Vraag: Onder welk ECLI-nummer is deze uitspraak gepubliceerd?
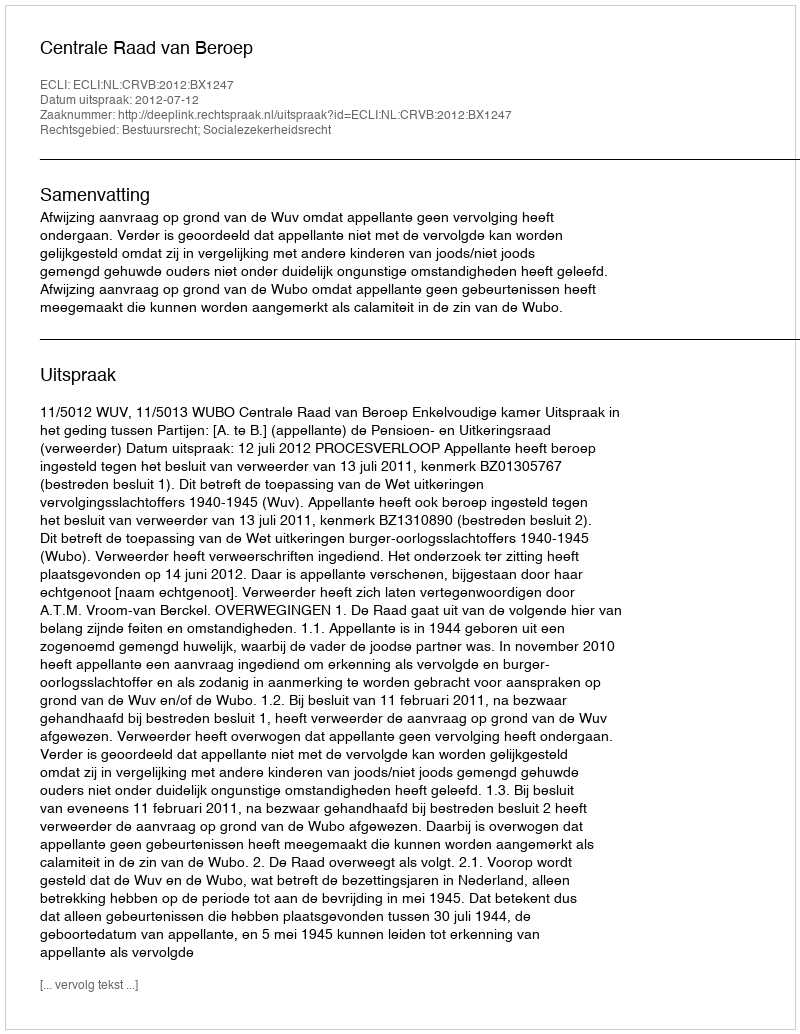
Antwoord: ECLI:NL:CRVB:2012:BX1247